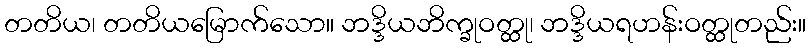
တတိယ၊ တတိယမြောက်သော။ ဘဒ္ဒိယဘိက္ခုဝတ္ထု၊ ဘဒ္ဒိယရဟန်းဝတ္ထုတည်း။